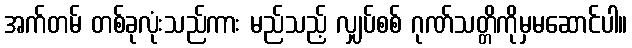
အက်တမ် တစ်ခုလုံးသည်ကား မည်သည့် လျှပ်စစ် ဂုဏ်သတ္တိကိုမှမဆောင်ပါ။